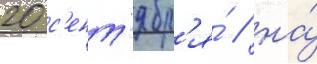
20 с'ент'ябр'я́ / на́